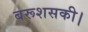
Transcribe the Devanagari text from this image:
बरूशसकी।